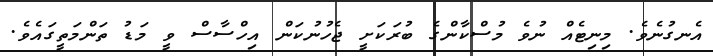
އެނގުނެވެ. މިނިޓެއް ނުވެ މުސްކާންގެ ބުރަކަށީ ޖެހުނުކަން އިހްސާސް ވީ މަޑު ތަންމަތީގައެވެ.